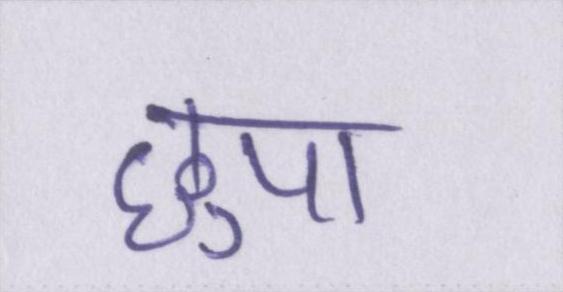
छुपा